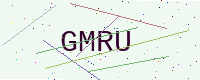
Text: GMRU